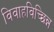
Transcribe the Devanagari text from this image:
विवाहविच्छिन्न